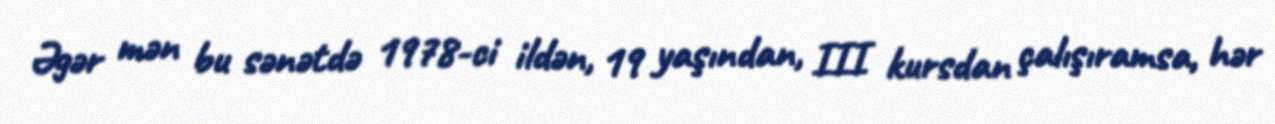
Əgər mən bu sənətdə 1978-ci ildən, 19 yaşından, III kursdan çalışıramsa, hər